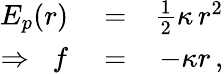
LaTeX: \begin{array}{rlr}{E_{p}(r)}&{{}=}&{\frac{1}{2}\kappa\, r^{2}}\\ {\Rightarrow\; \; f}&{{}=}&{-\kappa r\, ,}\end{array}